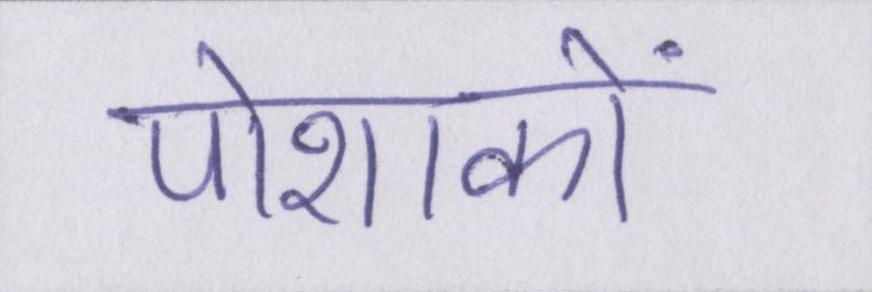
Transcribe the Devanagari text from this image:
पोशाकों